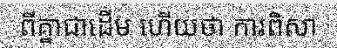
ពីគ្នាជាដើម ហើយថា ការពិសា